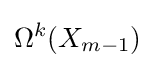
\Omega ^{k}(X_{m-1})